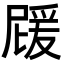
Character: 𭶵